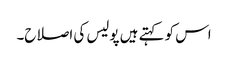
اس کو کہتے ہیں پولیس کی اصلاح۔